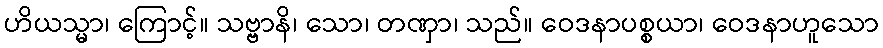
ဟိယသ္မာ၊ ကြောင့်။ သဗ္ဗာနိ၊ သော၊ တဏှာ၊ သည်။ ဝေဒနာပစ္စယာ၊ ဝေဒနာဟူသော